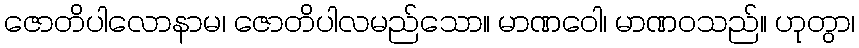
ဇောတိပါလောနာမ၊ ဇောတိပါလမည်သော။ မာဏဝေါ၊ မာဏဝသည်။ ဟုတွာ၊